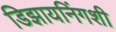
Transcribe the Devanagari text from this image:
डिझायनिंगशी